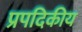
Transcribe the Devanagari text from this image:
प्रपदिकीय